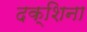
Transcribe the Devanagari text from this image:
दक्शिना